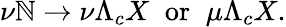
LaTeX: \nu\mathbb{N}\rightarrow\nu\Lambda_{c}X\; \; \mathrm{{or}}\; \; \mu\Lambda_{c}X.